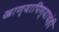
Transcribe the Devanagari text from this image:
खाण्यापिण्याचंही